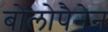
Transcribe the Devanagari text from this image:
बोलोपैनेन